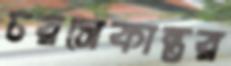
চরসেকান্তর